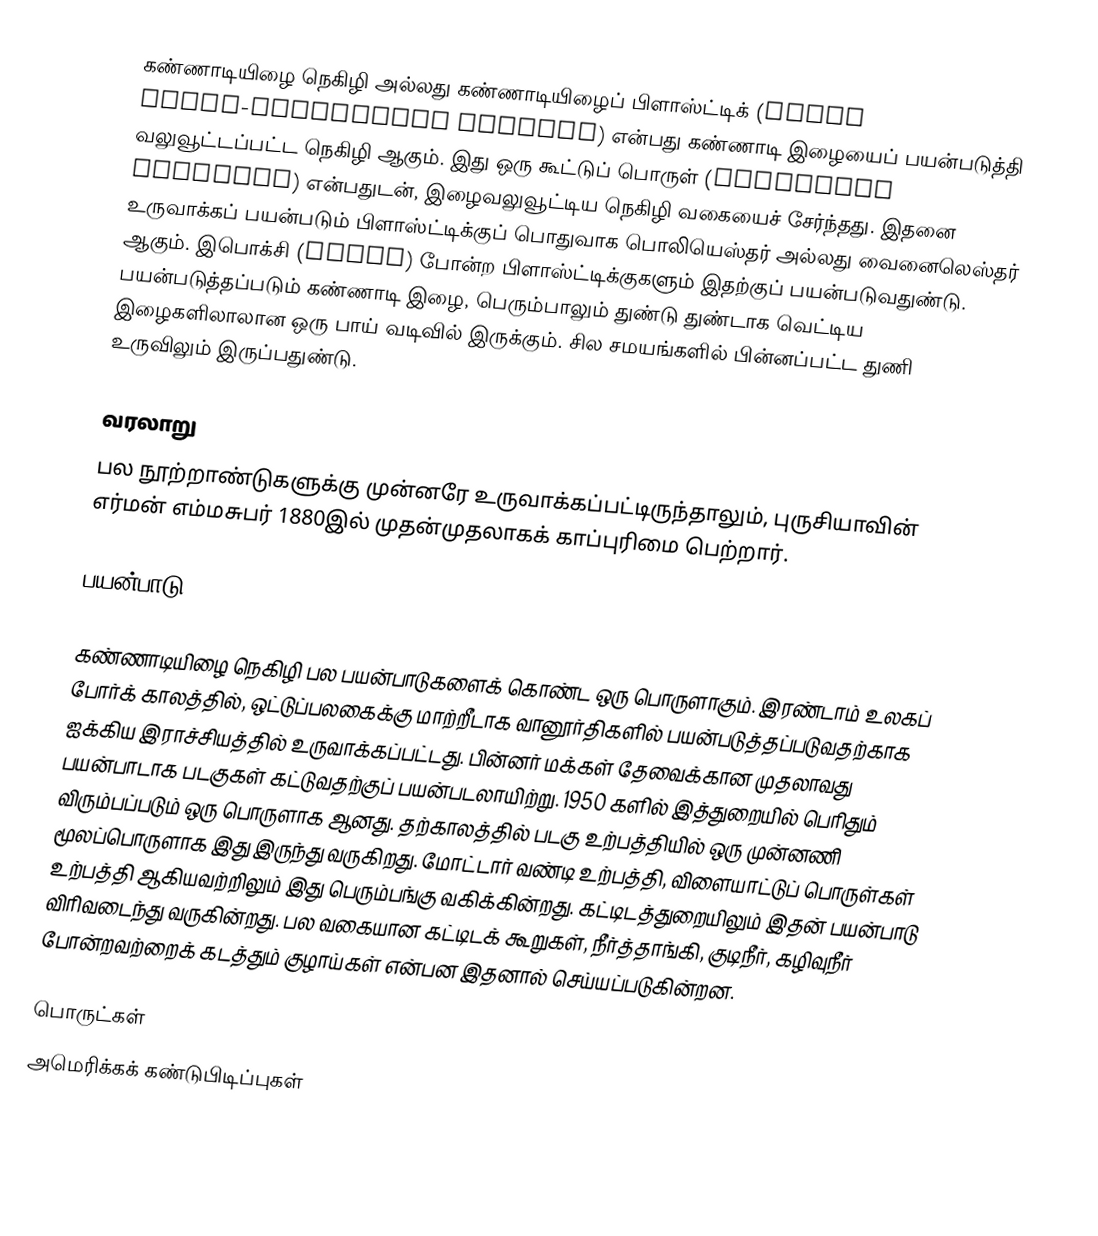
கண்ணாடியிழை நெகிழி  அல்லது கண்ணாடியிழைப் பிளாஸ்ட்டிக் (Glass fibre-reinforced plastic) என்பது கண்ணாடி இழையைப் பயன்படுத்தி வலுவூட்டப்பட்ட நெகிழி ஆகும். இது ஒரு கூட்டுப் பொருள் (composite material) என்பதுடன், இழைவலுவூட்டிய நெகிழி வகையைச் சேர்ந்தது. இதனை உருவாக்கப் பயன்படும் பிளாஸ்ட்டிக்குப் பொதுவாக பொலியெஸ்தர் அல்லது வைனைலெஸ்தர் ஆகும். இபொக்சி (epoxy) போன்ற பிளாஸ்ட்டிக்குகளும் இதற்குப் பயன்படுவதுண்டு. பயன்படுத்தப்படும் கண்ணாடி இழை, பெரும்பாலும் துண்டு துண்டாக வெட்டிய இழைகளிலாலான ஒரு பாய் வடிவில் இருக்கும். சில சமயங்களில் பின்னப்பட்ட துணி உருவிலும் இருப்பதுண்டு.

வரலாறு
பல நூற்றாண்டுகளுக்கு முன்னரே உருவாக்கப்பட்டிருந்தாலும், புருசியாவின் எர்மன் எம்மசுபர் 1880இல் முதன்முதலாகக் காப்புரிமை பெற்றார்.

பயன்பாடு

கண்ணாடியிழை நெகிழி பல பயன்பாடுகளைக் கொண்ட ஒரு பொருளாகும். இரண்டாம் உலகப் போர்க் காலத்தில், ஒட்டுப்பலகைக்கு மாற்றீடாக வானூர்திகளில் பயன்படுத்தப்படுவதற்காக ஐக்கிய இராச்சியத்தில் உருவாக்கப்பட்டது. பின்னர் மக்கள் தேவைக்கான முதலாவது பயன்பாடாக படகுகள் கட்டுவதற்குப் பயன்படலாயிற்று. 1950 களில் இத்துறையில் பெரிதும் விரும்பப்படும் ஒரு பொருளாக ஆனது. தற்காலத்தில் படகு உற்பத்தியில் ஒரு முன்னணி மூலப்பொருளாக இது இருந்து வருகிறது. மோட்டார் வண்டி உற்பத்தி, விளையாட்டுப் பொருள்கள் உற்பத்தி ஆகியவற்றிலும் இது பெரும்பங்கு வகிக்கின்றது. கட்டிடத்துறையிலும் இதன் பயன்பாடு விரிவடைந்து வருகின்றது. பல வகையான கட்டிடக் கூறுகள், நீர்த்தாங்கி, குடிநீர், கழிவுநீர் போன்றவற்றைக் கடத்தும் குழாய்கள் என்பன இதனால் செய்யப்படுகின்றன.

பொருட்கள்
அமெரிக்கக் கண்டுபிடிப்புகள்